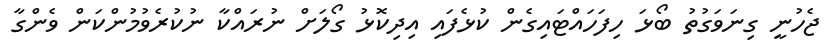
ޖެހުނީ ގިނަވަގުތު ބޯޅަ ހިފަހައްޓައިގެން ކުޅެފައި އިދިކޮޅު ގޯލަށް ނުރައްކާ ނުކުރެވުމުންކަން ވެންގާ